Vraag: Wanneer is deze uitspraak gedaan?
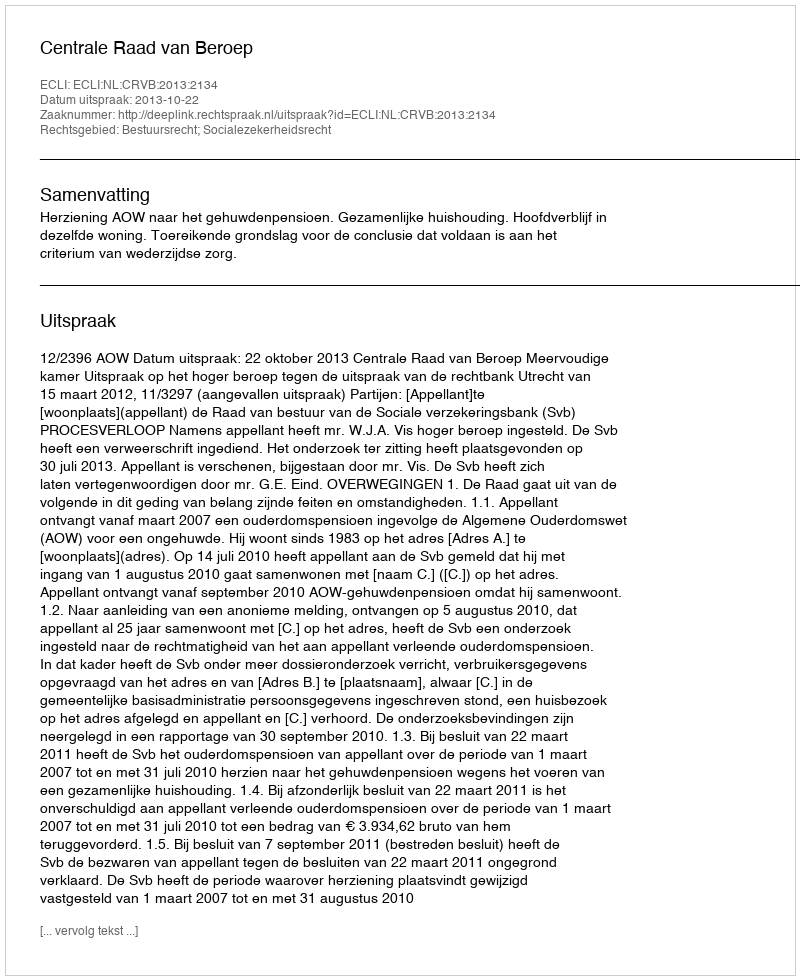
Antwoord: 2013-10-22